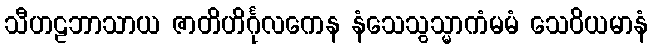
သီဟဠဘာသာယ ဇာတိဟိင်္ဂုလကေန နံသေသွသ္မာကံမမံ သေဝိယမာနံ